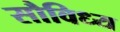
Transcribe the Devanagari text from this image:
सौविध्य